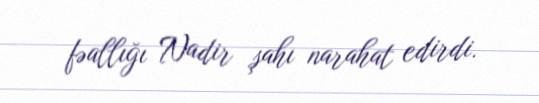
fəallığı Nadir şahı narahat edirdi.